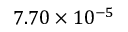
7 . 7 0 \times 1 0 ^ { - 5 }